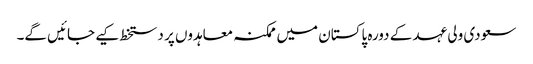
سعودی ولی عہد کے دورہ پاکستان میں ممکنہ معاہدوں پر دستخط کیے جائیں گے۔